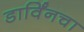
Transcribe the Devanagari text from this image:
डार्विंनचा